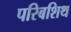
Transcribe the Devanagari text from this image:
परिबशिथ